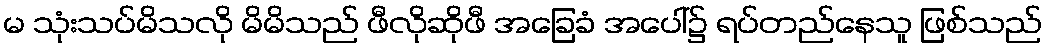
မ သုံးသပ်မိသလို မိမိသည် ဖီလိုဆိုဖီ အခြေခံ အပေါ်၌ ရပ်တည်နေသူ ဖြစ်သည်